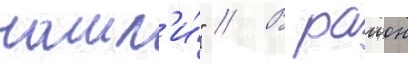
нашл'и́" // В раион